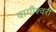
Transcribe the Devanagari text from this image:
वागीश्‍वरी